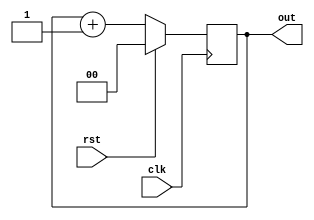
`timescale 1ns / 1ps

module inv( clk,rst, out );
input clk, rst;
output [1:0] out;
reg [1:0]out;

initial out=2'b00;

always @(posedge clk)begin
    if(rst == 1'b1) out = 2'b00;
    else out=out+2'b01; 
end

endmodule